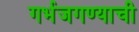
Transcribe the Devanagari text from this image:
गर्भजगण्याची